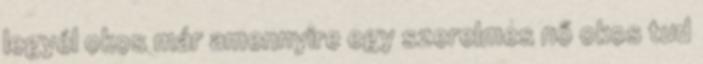
legyél okos már amennyire egy szerelmes nő okos tud